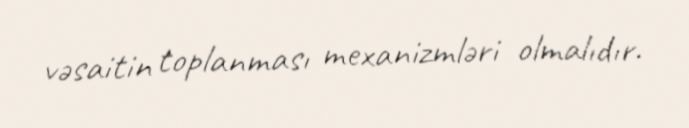
vəsaitin toplanması mexanizmləri olmalıdır.